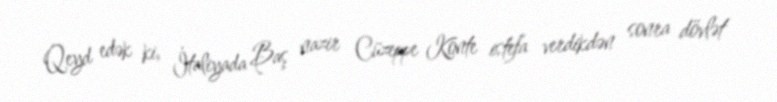
Qeyd edək ki, İtaliyada Baş nazir Cüzeppe Konte istefa verdikdən sonra dövlət